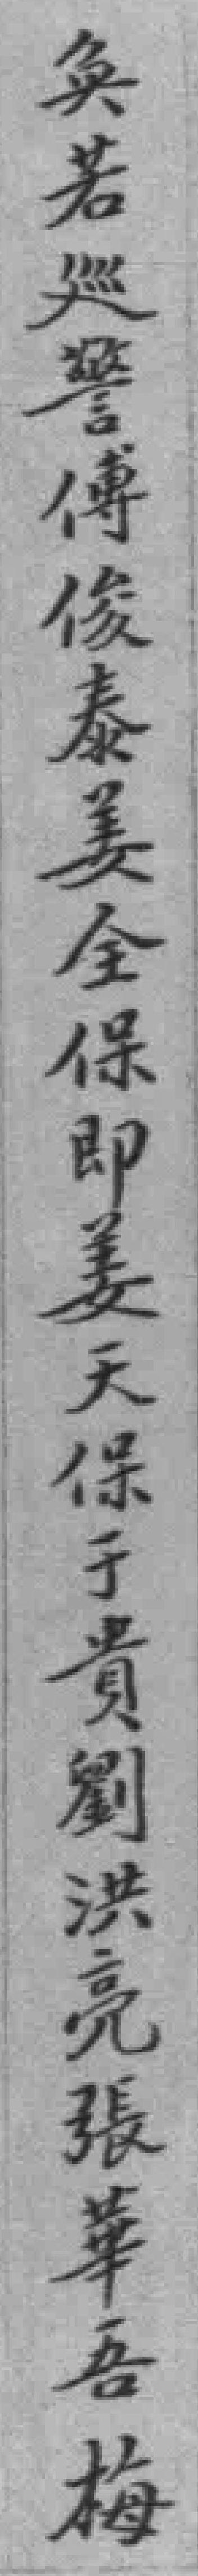
奂若廵警傳俊泰姜全保即姜天保于貴劉洪亮張華吾梅